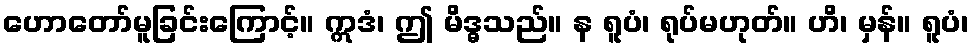
ဟောတော်မူခြင်းကြောင့်။ ဣဒံ၊ ဤ မိဒ္ဓသည်။ န ရူပံ၊ ရုပ်မဟုတ်။ ဟိ၊ မှန်။ ရူပံ၊